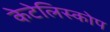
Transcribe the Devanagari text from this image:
केटेलिस्कोप